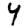
Digit: 4